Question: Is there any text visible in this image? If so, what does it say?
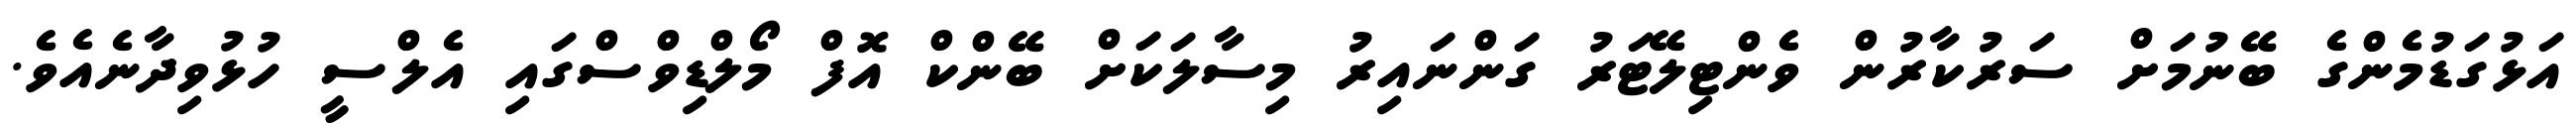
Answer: އަޅުގަޑުމެންގެ ބޭނުމަށް ސަރުކާރުން ވެންޓިލޭޓަރު ގަންނައިރު މިސާލަކަށް ބޭންކް އޮފް މޯލްޑިވްސްގައި އެލްސީ ހުޅުވިދާނެއެވެ.